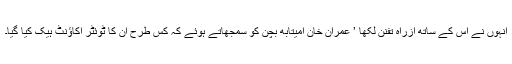
انہوں نے اس کے ساتھ ازراہ تفنن لکھا ’ عمران خان امیتابھ بچن کو سمجھاتے ہوئے کہ کس طرح ان کا ٹوئٹر اکاؤنٹ ہیک کیا گیا۔